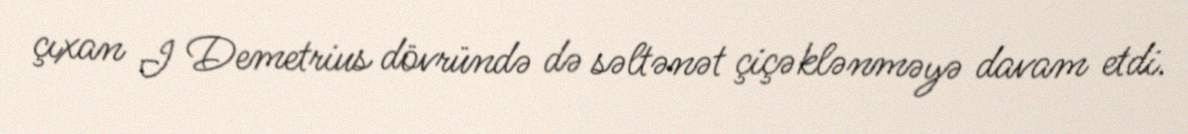
çıxan I Demetrius dövründə də səltənət çiçəklənməyə davam etdi.